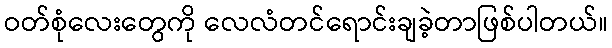
ဝတ်စုံလေးတွေကို လေလံတင်ရောင်းချခဲ့တာဖြစ်ပါတယ်။